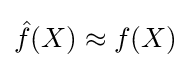
{\hat {f}}(X)\approx f(X)